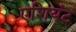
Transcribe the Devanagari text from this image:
एशियंट